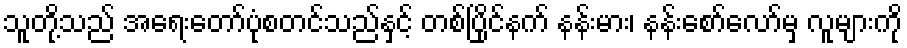
သူတို့သည် အရေးတော်ပုံစတင်သည်နှင့် တစ်ပြိုင်နက် နန်းမား၊ နန်းစော်လော်မှ လူများကို